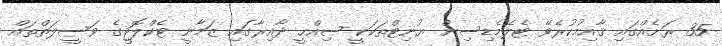
35 ރަށެއްގައި ޤާއިމުކުރެވޭ ޓެލެމެޑިސިން ޔުނިޓްތަކަކީ ޞިއްޙީ ދާއިރާގައި ޒަމާނީ ޓެކްލޮޖީގެ ވަސީލަތްތައް